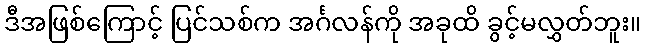
ဒီအဖြစ်ကြောင့် ပြင်သစ်က အင်္ဂလန်ကို အခုထိ ခွင့်မလွှတ်ဘူး။